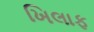
ખિલાફ